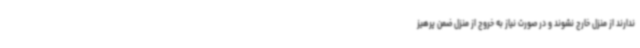
ندارند از منزل خارج نشوند و در صورت نیاز به خروج از منزل ضمن پرهیز